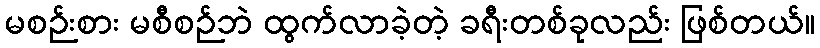
မစဉ်းစား မစီစဉ်ဘဲ ထွက်လာခဲ့တဲ့ ခရီးတစ်ခုလည်း ဖြစ်တယ်။